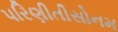
પરિણીતીસોનમ